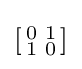
\left[{\begin{smallmatrix}0&1\\1&0\\\end{smallmatrix}}\right]